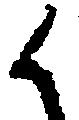
か